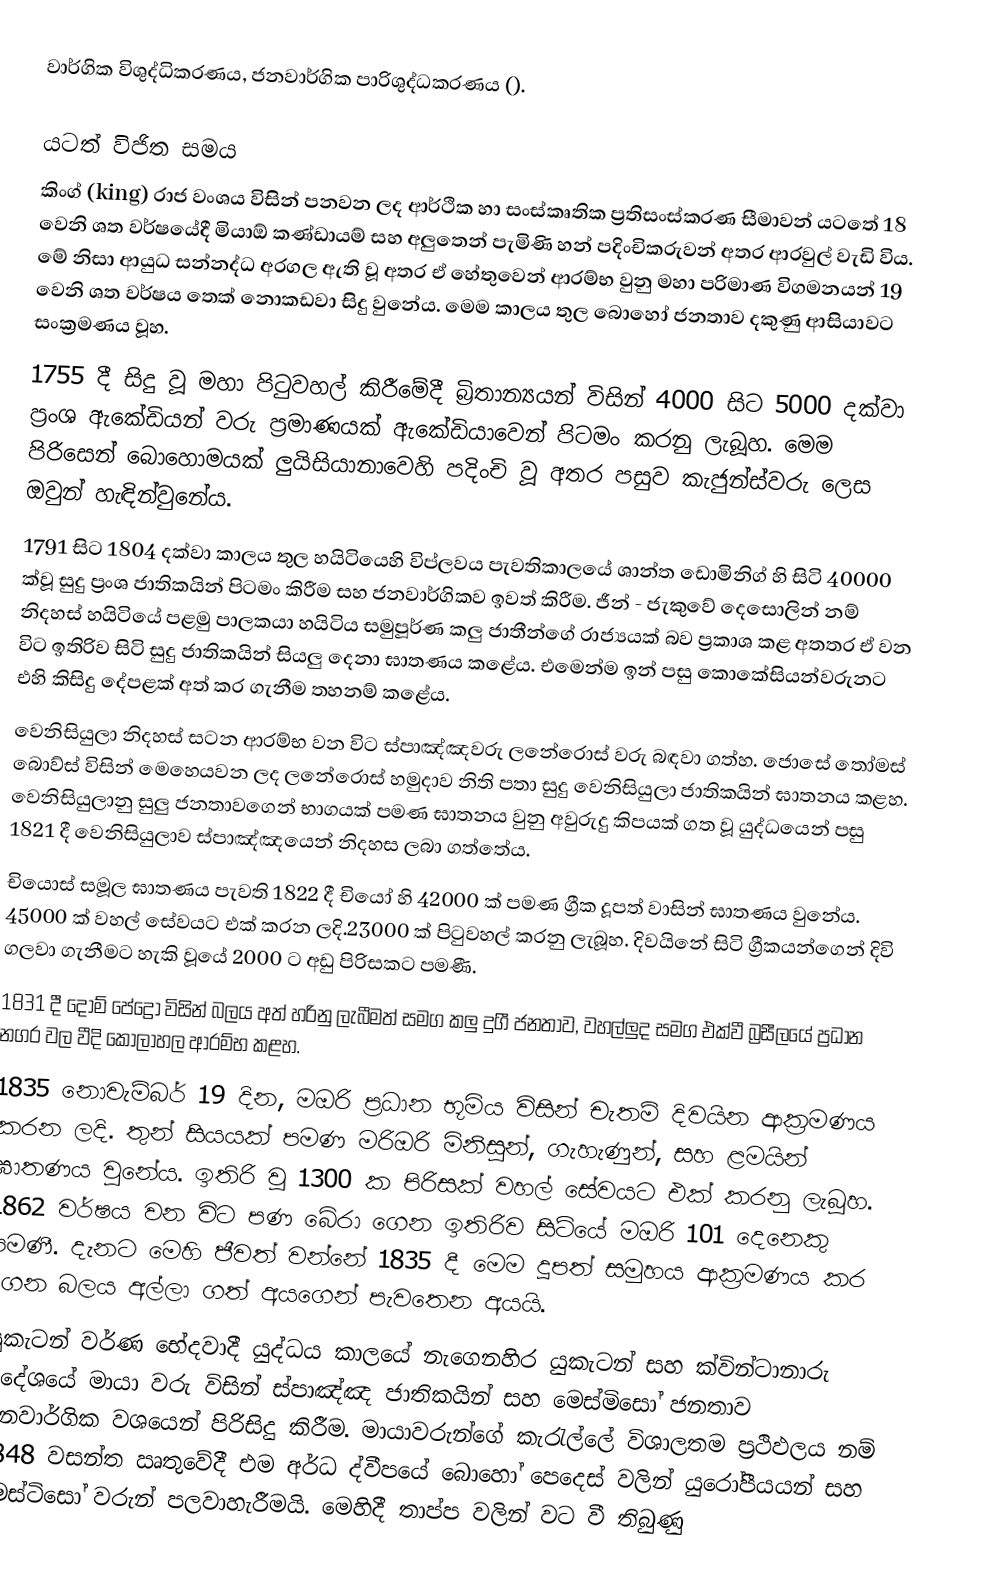
වාර්ගික විශුද්ධිකරණය, ජනවාර්ගික පාරිශුද්ධකරණය ().

යටත් විජිත සමය
කිංග් (king) රාජ වංශය විසින් පනවන ලද ආර්ථික හා සංස්කෘතික ප්‍රතිසංස්කරණ සීමාවන් යටතේ 18 වෙනි ශත වර්ෂයේදී මියාඕ කණ්ඩායම් සහ අලුතෙන් පැමිණි හන් පදිංචිකරුවන් අතර ආරවුල් වැඩි විය. මේ නිසා ආයුධ සන්නද්ධ අරගල ඇති වූ අතර ඒ හේතුවෙන් ආරම්භ වුනු මහා පරිමාණ විගමනයන් 19 වෙනි ශත වර්ෂය තෙක් නොකඩවා සිදු වුනේය. මෙම කාලය තුල බොහෝ ජනතාව දකුණු ආසියාවට සංක්‍රමණය වූහ.
1755 දී සිදු වූ මහා පිටුවහල් කිරීමේදී බ්‍රිතාන්‍යයන් විසින් 4000 සිට 5000 දක්වා ප්‍රංශ ඇකේඩියන් වරු ප්‍රමාණයක් ඇකේඩියාවෙන් පිටමං කරනු ලැබූහ. මෙම පිරිසෙන් බොහොමයක් ලුයිසියානාවෙහි පදිංචි වූ අතර පසුව කැජුන්ස්වරු ලෙස ඔවුන් හැඳින්වුනේය.
1791 සිට 1804 දක්වා කාලය තුල හයිටියෙහි විප්ලවය පැවතිකාලයේ ශාන්ත ඩොමිනිග් හි සිටි 40000 ක්වූ සුදු ප්‍රංශ ජාතිකයින් පිටමං කිරීම සහ ජනවාර්ගිකව ඉවත් කිරීම.  ජීන් - ජැකුවේ දෙසොලින් නම් නිදහස් හයිටියේ පළමු පාලකයා හයිටිය සමුපූර්ණ කලු ජාතීන්ගේ රාජ්‍යයක් බව ප්‍රකාශ කළ අතතර ඒ වන විට ඉතිරිව සිටි සුදු ජාතිකයින් සියලු දෙනා ඝාතණය කළේය. එමෙන්ම ඉන් පසු කොකේසියන්වරුනට එහි කිසිදු දේපළක් අත් කර ගැනීම තහනම් කළේය.
වෙනිසියුලා නිදහස් සටන ආරම්භ වන විට ස්පාඤ්ඤවරු ලනේරොස් වරු බඳවා ගත්හ. ජොසේ ‍තෝමස් බොව්ස් විසින් මෙහෙයවන ලද ලනේරොස් හමුදාව  නිති පතා සුදු වෙනිසියුලා ජාතිකයින් ඝාතනය කළහ. වෙනිසියුලානු සුලු ජනතාවගෙන් භාගයක් පමණ ඝාතනය වුනු අවුරුදු කිපයක් ගත වූ යුද්ධයෙන් පසු 1821 දී වෙනිසියුලාව ස්පාඤ්ඤයෙන් නිදහස ලබා ගත්තේය.
චියොස් සමූල ඝාතණය පැවති 1822 දී චියෝ හි 42000 ක් පමණ ග්‍රීක දූපත් වාසින් ඝාතණය වුනේය. 45000 ක් වහල් සේවයට එක් කරන ලදි.23000 ක් පිටුවහල් කරනු ලැබූහ. දිවයිනේ සිටි ග්‍රීකයන්ගෙන් දිවි ගලවා ගැනීමට හැකි වූයේ 2000 ට අඩු පිරිසකට පමණී.
1831 දී දොම් පේද්‍රෝ විසින් බලය අත් හරිනු ලැබීමත් සමග කලු දුගී ජනතාව, වහල්ලුද සමග එක්වී බ්‍රසීලයේ ප්‍රධාන නගර වල වීදි කෝලාහල ආරම්භ කළහ.
1835 නොවැම්බර් 19 දින, මඔරි ප්‍රධාන භූමිය විසින් චැතම් දිවයින ආක්‍රමණය කරන ලදි. තුන් සියයක් පමණ මරිඔරි මිනිසුන්, ගැහැණුන්, සහ ළමයින් ඝාතණය වුනේය. ඉතිරි වූ 1300 ක පිරිසක් වහල් සේවයට එක් කරනු ලැබූහ. 1862 වර්ෂය වන විට පණ බේරා ගෙන ඉතිරිව සිටියේ මඔරි 101 දෙනෙකු පමණී. දැනට මෙහි ජීවත් වන්නේ 1835 දී මෙම දූපත් සමුහය ආක්‍රමණය කර ගෙන බලය අල්ලා ගත් අයගෙන් පැවතෙන අයයි.
යුකැටන් වර්ණ භේදවාදී යුද්ධය කාලයේ නැගෙනහිර යුකැටන් සහ ක්වින්ටානාරු ප්‍රදේශයේ මායා වරු විසින් ස්පාඤ්ඤ ජාතිකයින් සහ මෙස්මිසෝ ජනතාව ජනවාර්ගික වශයෙන් පිරිසිදු කිරීම. මායාවරුන්ගේ කැරැල්ලේ විශාලතම ප්‍රථිඵලය නම් 1848 වසන්ත ඍතුවේදී එම අර්ධ ද්වීපයේ බොහෝ පෙදෙස් වලින් යුරෝපීයයන් සහ මෙස්ටිසෝ වරුන් පලවාහැරීමයි. මෙහිදී තාප්ප වලින් වට වී තිබුණු